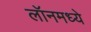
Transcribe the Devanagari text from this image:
लॉनमध्ये